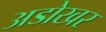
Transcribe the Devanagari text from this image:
अडोखर